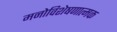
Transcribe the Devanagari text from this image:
मनोविशेषणात्मक